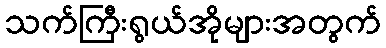
သက်ကြီးရွယ်အိုများအတွက်